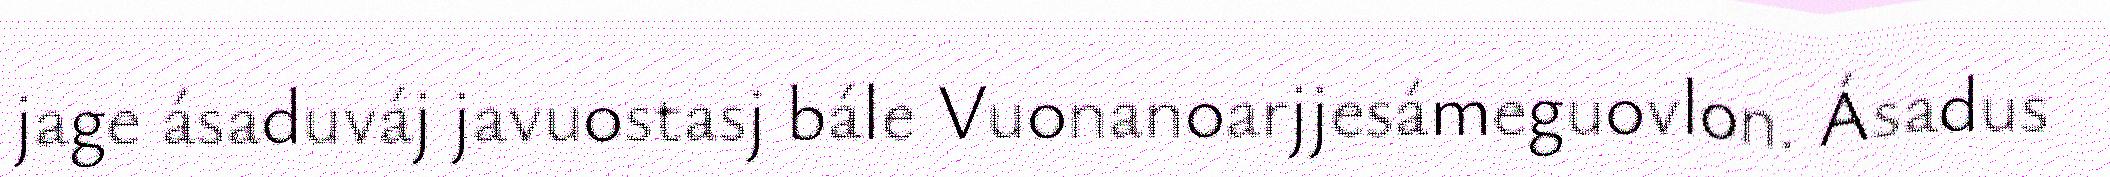
jage ásaduváj javuostasj bále Vuonanoarjjesámeguovlon. Ásadus